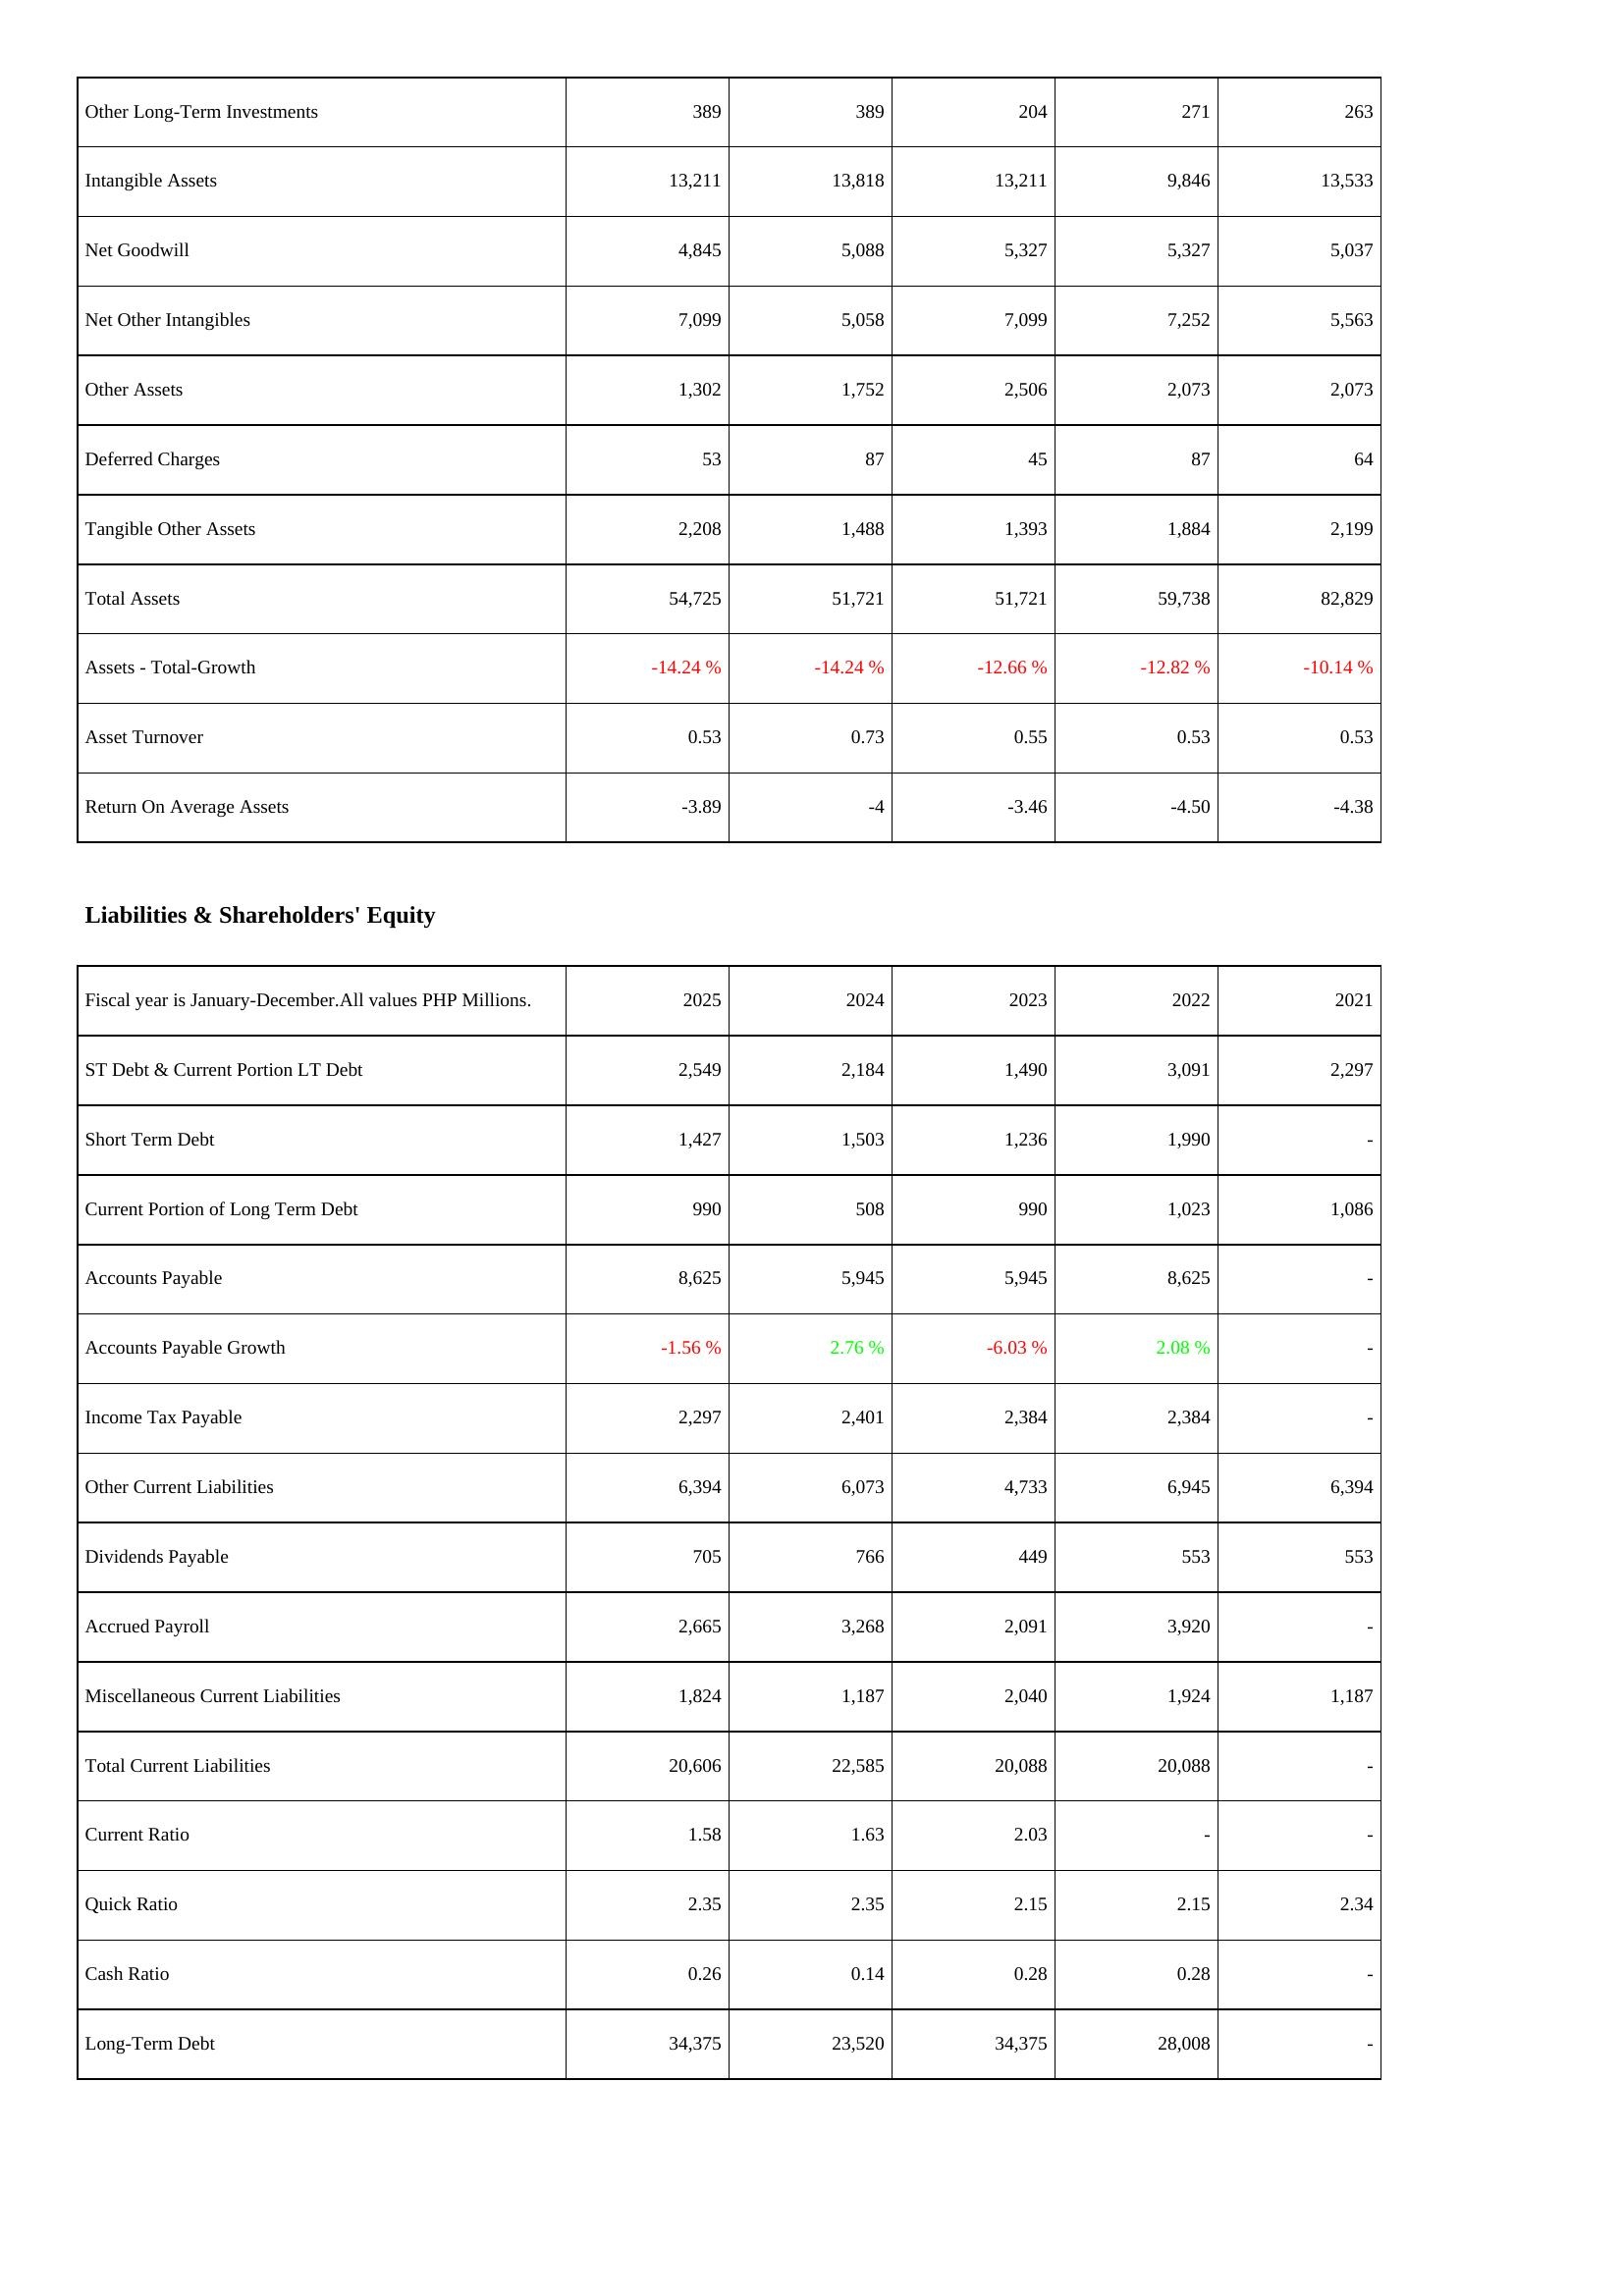
2025: Assets: Other Long-Term Investments: 389
Intangible Assets: 13,211
Net Goodwill: 4,845
Net Other Intangibles: 7,099
Other Assets: 1,302
Deferred Charges: 53
Tangible Other Assets: 2,208
Total Assets: 54,725
Assets - Total-Growth: -14.24 %
Asset Turnover: 0.53
Return On Average Assets: -3.89
Liabilities & Shareholders' Equity: ST Debt & Current Portion LT Debt: 2,549
Short Term Debt: 1,427
Current Portion of Long Term Debt: 990
Accounts Payable: 8,625
Accounts Payable Growth: -1.56 %
Income Tax Payable: 2,297
Other Current Liabilities: 6,394
Dividends Payable: 705
Accrued Payroll: 2,665
Miscellaneous Current Liabilities: 1,824
Total Current Liabilities: 20,606
Current Ratio: 1.58
Quick Ratio: 2.35
Cash Ratio: 0.26
Long-Term Debt: 34,375
2024: Assets: Other Long-Term Investments: 389
Intangible Assets: 13,818
Net Goodwill: 5,088
Net Other Intangibles: 5,058
Other Assets: 1,752
Deferred Charges: 87
Tangible Other Assets: 1,488
Total Assets: 51,721
Assets - Total-Growth: -14.24 %
Asset Turnover: 0.73
Return On Average Assets: -4
Liabilities & Shareholders' Equity: ST Debt & Current Portion LT Debt: 2,184
Short Term Debt: 1,503
Current Portion of Long Term Debt: 508
Accounts Payable: 5,945
Accounts Payable Growth: 2.76 %
Income Tax Payable: 2,401
Other Current Liabilities: 6,073
Dividends Payable: 766
Accrued Payroll: 3,268
Miscellaneous Current Liabilities: 1,187
Total Current Liabilities: 22,585
Current Ratio: 1.63
Quick Ratio: 2.35
Cash Ratio: 0.14
Long-Term Debt: 23,520
2023: Assets: Other Long-Term Investments: 204
Intangible Assets: 13,211
Net Goodwill: 5,327
Net Other Intangibles: 7,099
Other Assets: 2,506
Deferred Charges: 45
Tangible Other Assets: 1,393
Total Assets: 51,721
Assets - Total-Growth: -12.66 %
Asset Turnover: 0.55
Return On Average Assets: -3.46
Liabilities & Shareholders' Equity: ST Debt & Current Portion LT Debt: 1,490
Short Term Debt: 1,236
Current Portion of Long Term Debt: 990
Accounts Payable: 5,945
Accounts Payable Growth: -6.03 %
Income Tax Payable: 2,384
Other Current Liabilities: 4,733
Dividends Payable: 449
Accrued Payroll: 2,091
Miscellaneous Current Liabilities: 2,040
Total Current Liabilities: 20,088
Current Ratio: 2.03
Quick Ratio: 2.15
Cash Ratio: 0.28
Long-Term Debt: 34,375
2022: Assets: Other Long-Term Investments: 271
Intangible Assets: 9,846
Net Goodwill: 5,327
Net Other Intangibles: 7,252
Other Assets: 2,073
Deferred Charges: 87
Tangible Other Assets: 1,884
Total Assets: 59,738
Assets - Total-Growth: -12.82 %
Asset Turnover: 0.53
Return On Average Assets: -4.50
Liabilities & Shareholders' Equity: ST Debt & Current Portion LT Debt: 3,091
Short Term Debt: 1,990
Current Portion of Long Term Debt: 1,023
Accounts Payable: 8,625
Accounts Payable Growth: 2.08 %
Income Tax Payable: 2,384
Other Current Liabilities: 6,945
Dividends Payable: 553
Accrued Payroll: 3,920
Miscellaneous Current Liabilities: 1,924
Total Current Liabilities: 20,088
Current Ratio: -
Quick Ratio: 2.15
Cash Ratio: 0.28
Long-Term Debt: 28,008
2021: Assets: Other Long-Term Investments: 263
Intangible Assets: 13,533
Net Goodwill: 5,037
Net Other Intangibles: 5,563
Other Assets: 2,073
Deferred Charges: 64
Tangible Other Assets: 2,199
Total Assets: 82,829
Assets - Total-Growth: -10.14 %
Asset Turnover: 0.53
Return On Average Assets: -4.38
Liabilities & Shareholders' Equity: ST Debt & Current Portion LT Debt: 2,297
Short Term Debt: -
Current Portion of Long Term Debt: 1,086
Accounts Payable: -
Accounts Payable Growth: -
Income Tax Payable: -
Other Current Liabilities: 6,394
Dividends Payable: 553
Accrued Payroll: -
Miscellaneous Current Liabilities: 1,187
Total Current Liabilities: -
Current Ratio: -
Quick Ratio: 2.34
Cash Ratio: -
Long-Term Debt: -